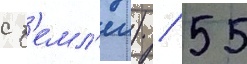
с з'емл'еи) / 55